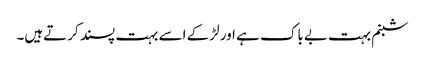
شبنم بہت بےباک ہے اور لڑکے اسے بہت پسند کرتےہیں۔